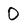
Character: 0